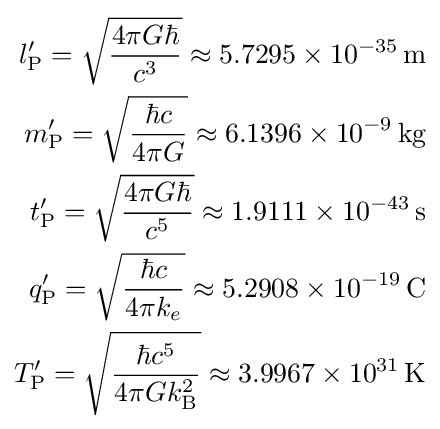
{\begin{aligned}l_{\text{P}}^{\prime }={\sqrt {\frac {4\pi G\hbar }{c^{3}}}}\approx 5.7295\times 10^{-35}\,{\text{m}}\\m_{\text{P}}^{\prime }={\sqrt {\frac {\hbar c}{4\pi G}}}\approx 6.1396\times 10^{-9}\,{\text{kg}}\\t_{\text{P}}^{\prime }={\sqrt {\frac {4\pi G\hbar }{c^{5}}}}\approx 1.9111\times 10^{-43}\,{\text{s}}\\q_{\text{P}}^{\prime }={\sqrt {\frac {\hbar c}{4\pi k_{e}}}}\approx 5.2908\times 10^{-19}\,{\text{C}}\\T_{\text{P}}^{\prime }={\sqrt {\frac {\hbar c^{5}}{4\pi Gk_{\text{B}}^{2}}}}\approx 3.9967\times 10^{31}\,{\text{K}}\end{aligned}}